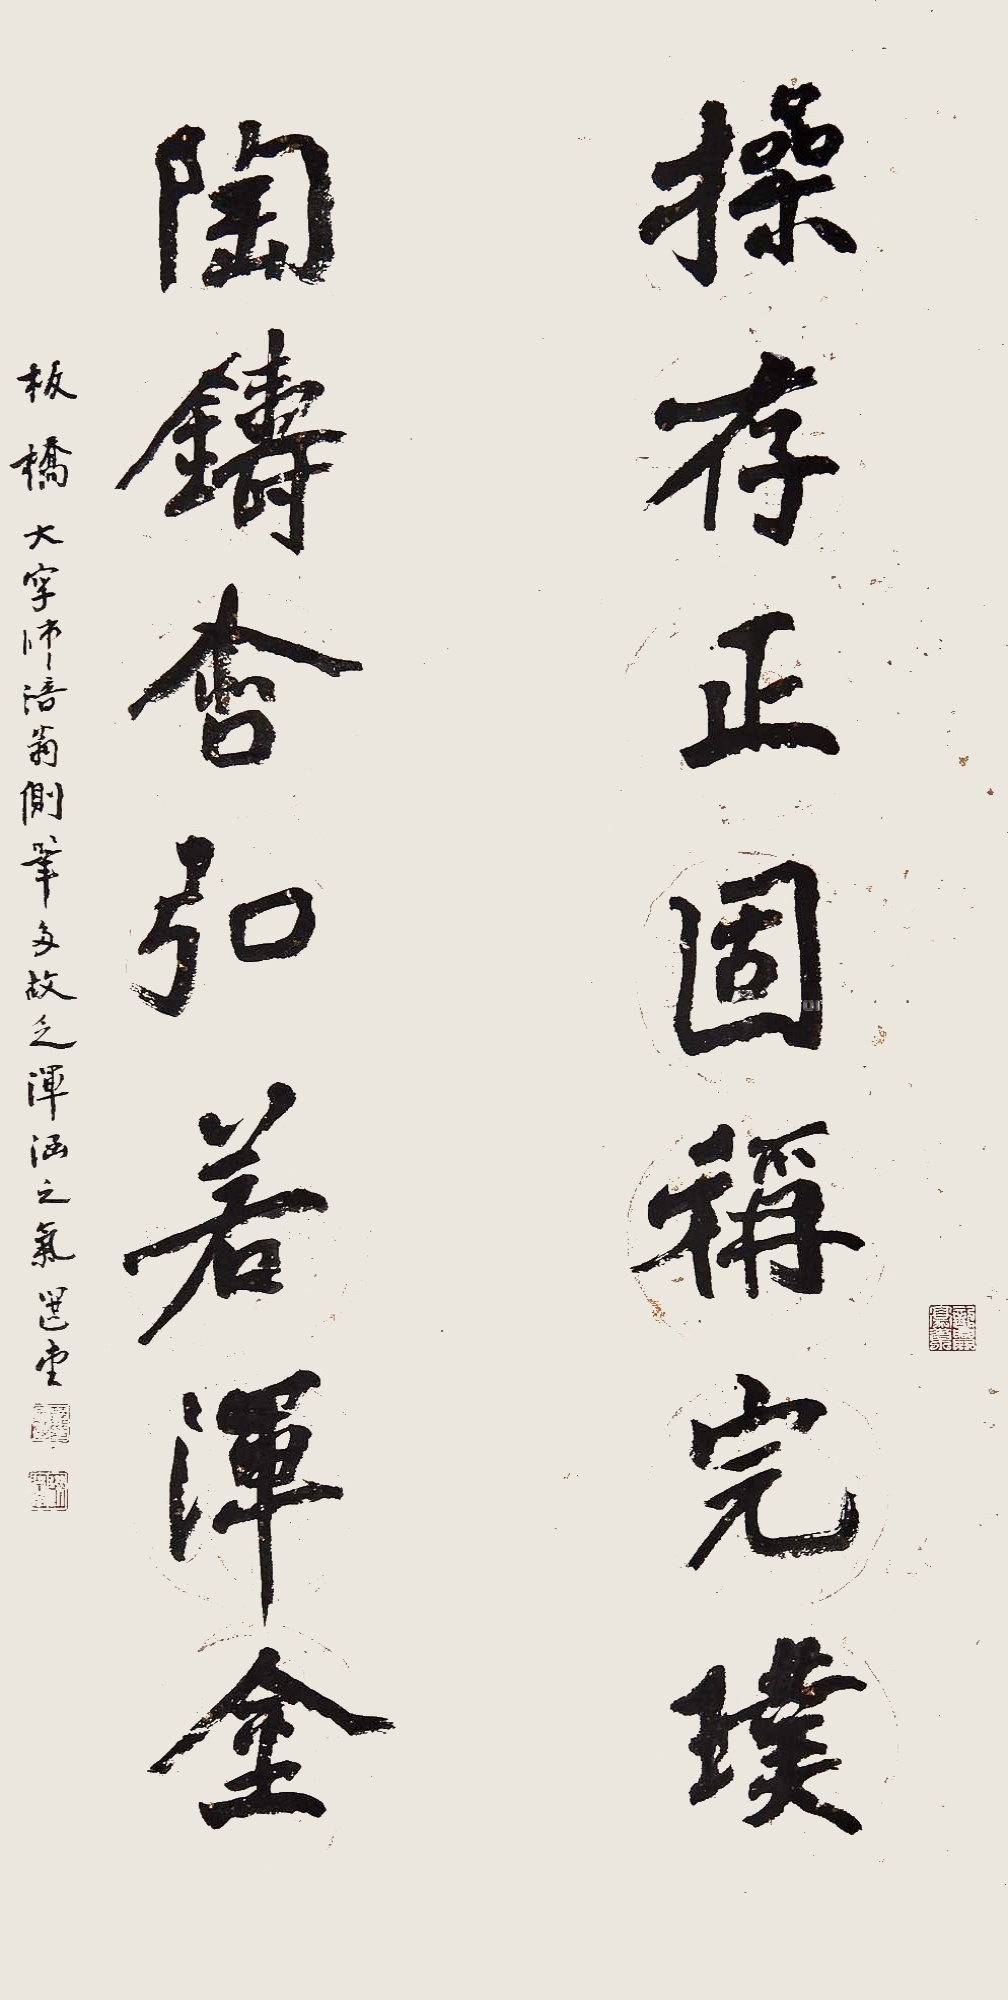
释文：操存正固称完璞，陶铸含弘若浑金。板桥大字师涪翁，侧笔多，故乏浑涵之气。选堂。